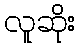
လူဆိုး